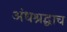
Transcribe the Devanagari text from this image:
अंधश्रद्धाच